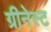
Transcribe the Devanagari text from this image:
ग्रीनेस्ट